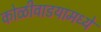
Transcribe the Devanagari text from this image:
कोळीवाडयामध्ये